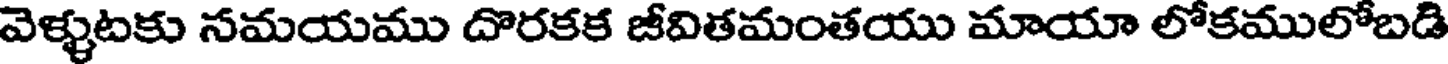
వెళ్ళటకు నమయము దొరకక జీవితమంతయు మాయా లోకములోబడి